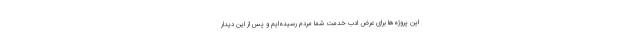
این پروژه‌ها برای عرض ادب خدمت شما مردم رسیده‌ایم و پس از این دیدار